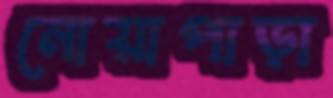
নোয়াপাড়া